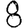
Digit: 8